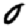
Digit: 0